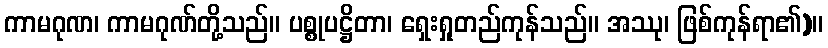
ကာမဂုဏ၊ ကာမဂုဏ်တို့သည်။ ပစ္စုပဋ္ဌိတာ၊ ရှေးရှုတည်ကုန်သည်။ အဿု၊ ဖြစ်ကုန်ရာ၏)။